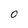
Character: 0